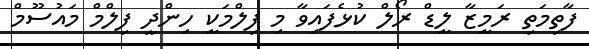
ފާތިމަތި ރަމީޒާ ލީޑް ރޯލް ކުޅެފައިވާ މި ފިލްމަކީ ހިންދީ ފިލްމް މައުސޫމް